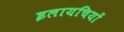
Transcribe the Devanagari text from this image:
इलायचियों